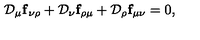
{ \cal D } _ { \mu } { \bf f } _ { \nu \rho } + { \cal D } _ { \nu } { \bf f } _ { \rho \mu } + { \cal D } _ { \rho } { \bf f } _ { \mu \nu } = 0 ,